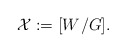
\begin{align*}\mathcal{X}:=[W^{}/G].\end{align*}